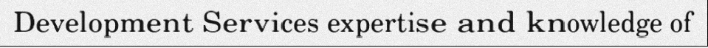
Development Services expertise and knowledge of